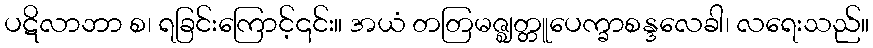
ပဋိလာဘာ စ၊ ရခြင်းကြောင့်၎င်း။ အယံ တတြမဇ္ဈတ္တူပေက္ခာစန္ဒလေခါ၊ လရေးသည်။